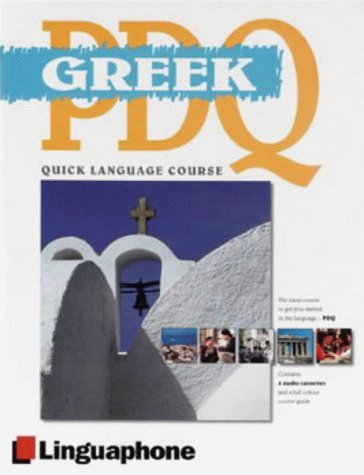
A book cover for Greek PDQ-Quick Comprehensive Course: Learn to Speak, Understand, Read and Write Greek with Linguaphone Language Programs (Linguaphone PDQ); M. Buckby; Travel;